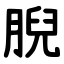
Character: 腉